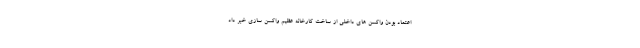
اعتماد بودن واکسن های داخلی از ساخت کارخانه عظیم واکسن سازی خبر داد